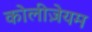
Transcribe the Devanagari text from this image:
कोलीज़ेयम